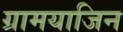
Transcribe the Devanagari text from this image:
ग्रामयाजिन